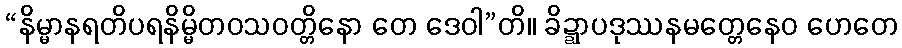
“နိမ္မာနရတိပရနိမ္မိတဝသဝတ္တိနော တေ ဒေဝါ”တိ။ ခိဍ္ဍာပဒုဿနမတ္တေနေဝ ဟေတေ